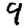
Digit: 9